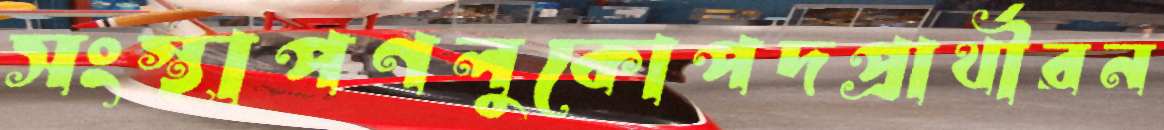
সংস্থাপণলুকোপদপ্রার্থীরন